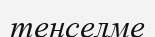
теңселме